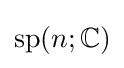
\operatorname {sp} (n;\mathbb {C} )